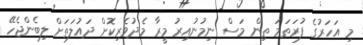
މި އަހަރުގެ ފުރަތަމަ ތިން މަސް ނިމުނުއިރު މީރާ މެދުވެރިކޮށް ދައުލަތަށް ލިބެންޖެހޭ